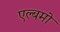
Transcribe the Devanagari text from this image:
एल्बमो